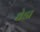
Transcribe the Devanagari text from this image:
धेडा